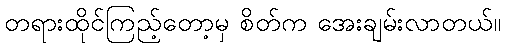
တရားထိုင်ကြည့်တော့မှ စိတ်က အေးချမ်းလာတယ်။